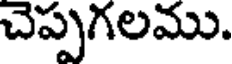
చెప్పగలము.